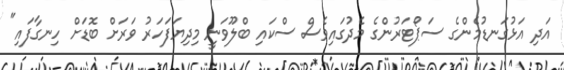
އަދި އަޅުގަނޑުމެންގެ ސަޕޯޓަރުންގެ މެދުގައިވެސް ސްކައި ބްލޫވަނީ މިދިޔަފަހަރު ވަރަށް ބޮޑަށް ހިނގާފައި"